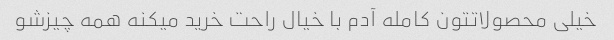
خیلی محصولاتتون کامله آدم با خیال راحت خرید میکنه همه چیزشو